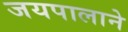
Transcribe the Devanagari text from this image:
जयपालाने